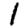
Digit: 1